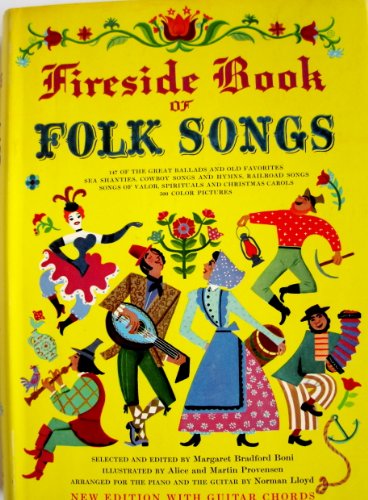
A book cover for Fireside Book of Folk Songs; Norman Lloyd; Arts & Photography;